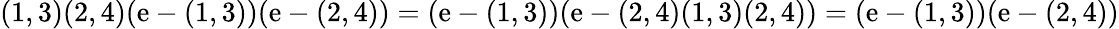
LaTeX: (1,3)(2,4)(\mathrm{e}-(1,3))(\mathrm{e}-(2,4))=(\mathrm{e}-(1,3))(\mathrm{e}-(2,4)(1,3)(2,4))=(\mathrm{e}-(1,3))(\mathrm{e}-(2,4))